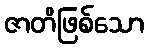
ဇာတိဖြစ်သော